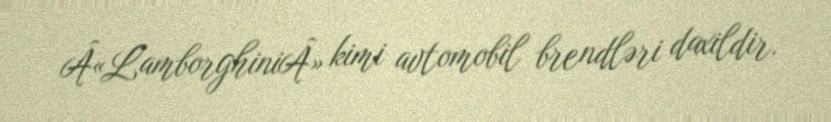
Â«LamborghiniÂ» kimi avtomobil brendləri daxildir.